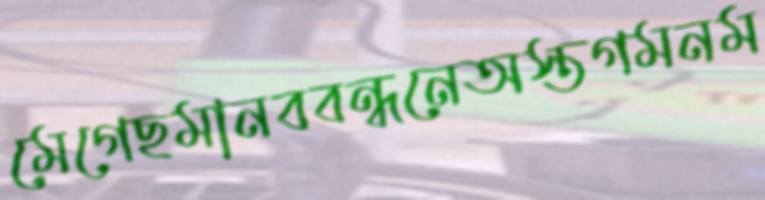
মেগেছমানববন্ধনেঅস্তগমনম